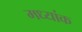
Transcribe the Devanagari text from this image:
मध्यांक